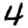
Digit: 4